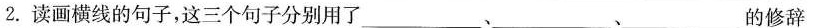
2.读画横线的句子，这三个句子分别用了___、___、___的修辞